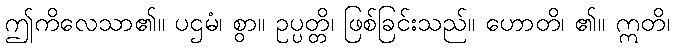
ဤကိလေသာ၏။ ပဌမံ၊ စွာ။ ဥပ္ပတ္တိ၊ ဖြစ်ခြင်းသည်။ ဟောတိ၊ ၏။ ဣတိ၊